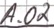
Text: A.02